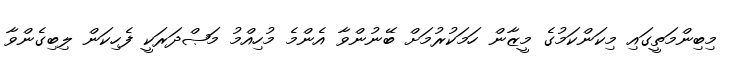
މިބިންމަތީގައި މިކަންކަމުގެ މީޒާން ހަމަކުރުމަށް ބޭނުންވާ އެންމެ މުހިއްމު މަޞްދަރަކީ ފެހިކަން ލިބިގެންވާ